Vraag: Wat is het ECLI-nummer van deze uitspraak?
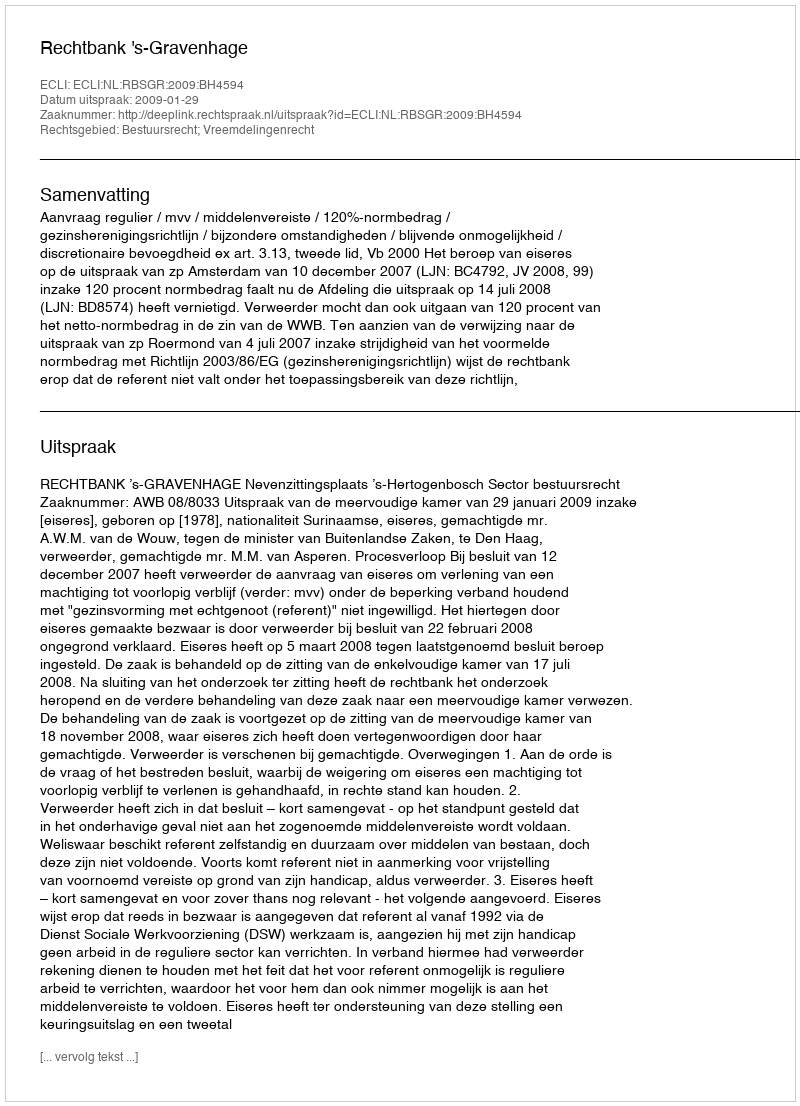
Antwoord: ECLI:NL:RBSGR:2009:BH4594